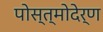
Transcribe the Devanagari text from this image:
पोस्त्मोदेर्ण